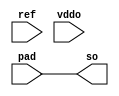
// ========== Copyright Header Begin ==========================================
// 
// OpenSPARC T1 Processor File: bw_io_dtl_rcv_dc.v
// Copyright (c) 2006 Sun Microsystems, Inc.  All Rights Reserved.
// DO NOT ALTER OR REMOVE COPYRIGHT NOTICES.
// 
// The above named program is free software; you can redistribute it and/or
// modify it under the terms of the GNU General Public
// License version 2 as published by the Free Software Foundation.
// 
// The above named program is distributed in the hope that it will be 
// useful, but WITHOUT ANY WARRANTY; without even the implied warranty of
// MERCHANTABILITY or FITNESS FOR A PARTICULAR PURPOSE.  See the GNU
// General Public License for more details.
// 
// You should have received a copy of the GNU General Public
// License along with this work; if not, write to the Free Software
// Foundation, Inc., 51 Franklin St, Fifth Floor, Boston, MA 02110-1301, USA.
// 
// ========== Copyright Header End ============================================
// _____________________________________________________________________________
//
// bw_io_dtl_rcv_dc -- DTL Receiver DC (for boundary scan) .
// _____________________________________________________________________________


module bw_io_dtl_rcv_dc (/*AUTOARG*/
  // Outputs
  so, 
  // Inputs
  pad, ref, vddo
  );

  output	so;
  input		pad;
  input		ref;
  input		vddo;


  assign so = pad ;


  endmodule


// Local Variables:
// verilog-auto-sense-defines-constant:t
// End: